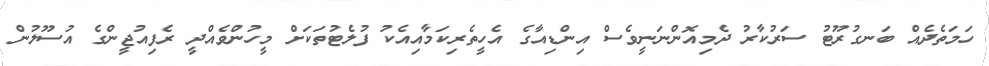
ހަމަތެދެއް ބަނގުރޫޓު ސަރުކާރު ދެމިއޮންނަނީވެސް އިންޑިއާގެ އެހީތެރިކަމާއިއެކު ފުލެޓުތަކަށް މީހުންވެއްދީ ރެފިއުޖީންގެ އުސޫލުން